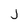
Character: j